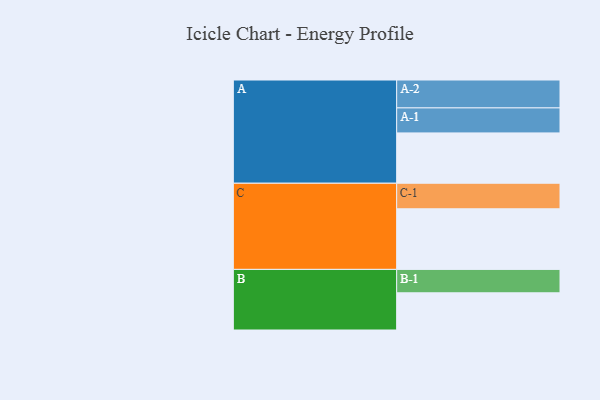
{"axis": {"x": "Segment", "y": "Value"}, "legend": ["", "A", "B", "C"], "data": [{"x": "A", "y": 471, "type": ""}, {"x": "B", "y": 348, "type": ""}, {"x": "C", "y": 567, "type": ""}, {"x": "A-1", "y": 234, "type": "A"}, {"x": "A-2", "y": 261, "type": "A"}, {"x": "B-1", "y": 219, "type": "B"}, {"x": "C-1", "y": 239, "type": "C"}]}